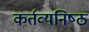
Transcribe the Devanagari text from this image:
कर्तव्‍यनिष्‍ठ